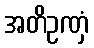
အတိဥဏှံ